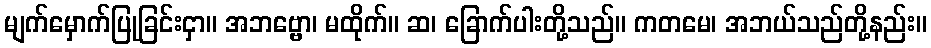
မျက်မှောက်ပြုခြင်းငှာ။ အဘဗ္ဗော၊ မထိုက်။ ဆ၊ ခြောက်ပါးတို့သည်။ ကတမေ၊ အဘယ်သည်တို့နည်း။